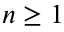
n \ge 1